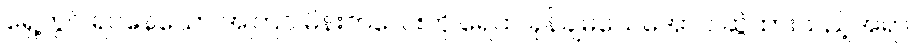
ရှေ့တွင် ရပ်နေသော အကြင် မိန်းကလေးကို ရေထဲ ခုန်ချမသေအောင် ဆွဲထားသည့်အရာ